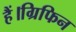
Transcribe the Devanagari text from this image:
हैं।ग्रिफिन